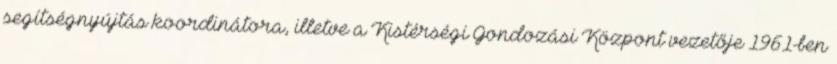
segítségnyújtás koordinátora, illetve a Kistérségi Gondozási Központ vezetője 1961-ben